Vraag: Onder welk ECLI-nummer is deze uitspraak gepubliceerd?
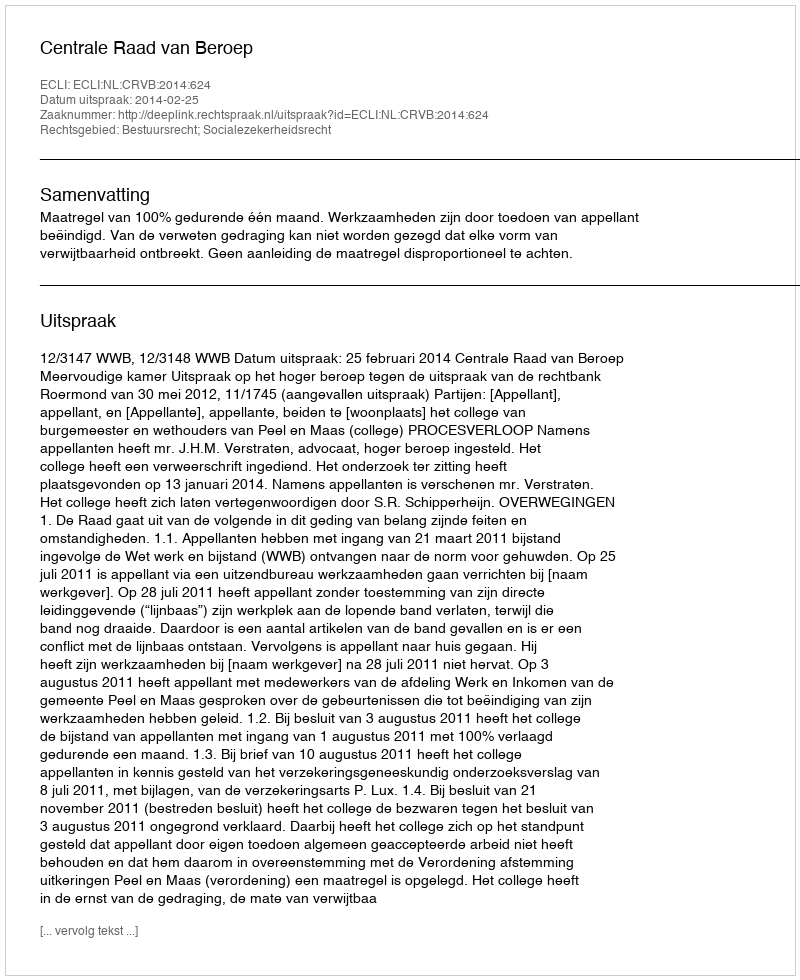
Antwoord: ECLI:NL:CRVB:2014:624